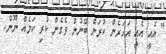
" އެއީ އެއީ އަހަރެން ކުރަން ބޭނުން ވެގެން ކުރި ކަމެއް ނޫން.